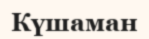
Күшаман